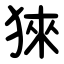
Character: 猍